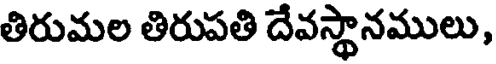
తిరుమల తిరుపతి దేవస్థానములు,